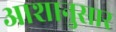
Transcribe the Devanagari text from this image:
आशानुसार